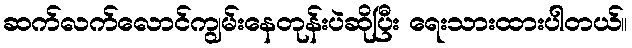
ဆက်လက်လောင်ကျွမ်းနေတုန်းပဲဆိုပြီး ရေးသားထားပါတယ်။